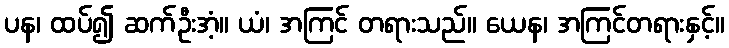
ပန၊ ထပ်၍ ဆက်ဦးအံ့။ ယံ၊ အကြင် တရားသည်။ ယေန၊ အကြင်တရားနှင့်။